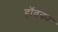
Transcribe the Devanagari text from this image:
हॉवका